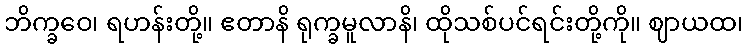
ဘိက္ခဝေ၊ ရဟန်းတို့။ ဧတာနိ ရုက္ခမူလာနိ၊ ထိုသစ်ပင်ရင်းတို့ကို။ ဈာယထ၊